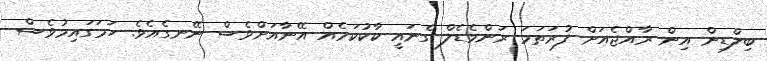
ބިލްޑިން އިން ރާއްޖެއަށް ފުރަތަމަ ރަންމެޑެލް ގެނައީ ކާކުކަމެއް އޭނާއަށްވެސް ނޭނގެއެވެ. ހަމަގައިމުވެސް